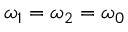
\omega _ { 1 } = \omega _ { 2 } = \omega _ { 0 }